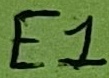
Text: E1